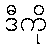
ဒီကို